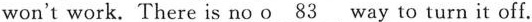
won't work. There is no \underline{o83 } way to turn it off.